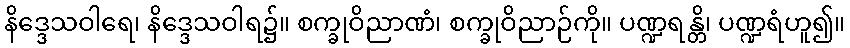
နိဒ္ဒေသဝါရေ၊ နိဒ္ဒေသဝါရ၌။ စက္ခုဝိညာဏံ၊ စက္ခုဝိညာဉ်ကို။ ပဏ္ဍရန္တိ၊ ပဏ္ဍရံဟူ၍။